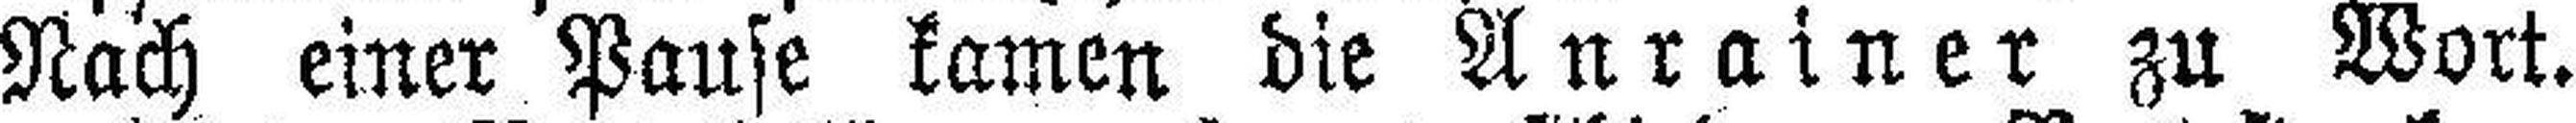
Nach einer Pause kamen die Anrainer zu Wort.